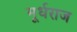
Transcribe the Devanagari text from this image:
मूर्धराज